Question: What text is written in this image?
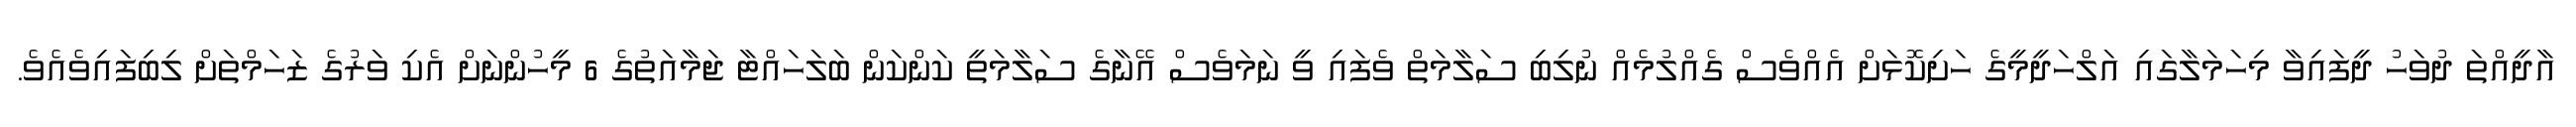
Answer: އާދީއްތަ ދުވަހު ދީފައިވާ މިހަމަލާގައި އަލްހަދީމީގެ ހަށިކޮޅަށް އެއްވެސް ގެއްލުމެއް ނުލިބި ސަލާމަތް ވެފައި ވީ ނަމަވެސް އޭނާގެ ސަލާމަތީ ކަންކަން ބަލަހައްޓާ ޖަމާއަތުގެ 6 މީހުންނަށް އެކި ވަރުގެ ޒަހަމްތަށް ލިބިފައިވެއެވެ.